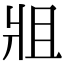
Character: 𤕲